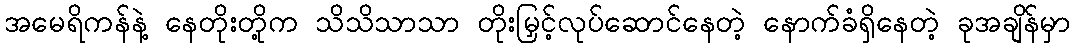
အမေရိကန်နဲ့ နေတိုးတို့က သိသိသာသာ တိုးမြှင့်လုပ်ဆောင်နေတဲ့ နောက်ခံရှိနေတဲ့ ခုအချိန်မှာ